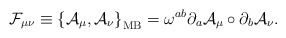
\begin{align*}{\mathcal{F}}_{\mu\nu}\equiv\left\{ {\mathcal{A}}_\mu, {\mathcal{A}}_\nu\right\}_{\mathrm{MB}}=\omega^{ab} \partial_a {\mathcal{A}}_\mu \circ \partial_b{\mathcal{A}}_\nu .\end{align*}